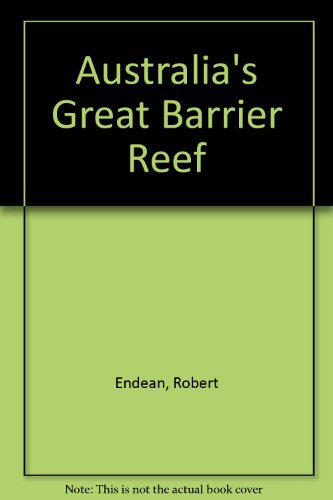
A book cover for Australia's Great Barrier Reef; Robert Endean; Sports & Outdoors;